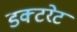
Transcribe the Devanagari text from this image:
डक्टरेट